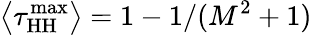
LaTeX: \big\langle\tau_{\mathrm{HH}}^{\mathrm{max}}\big\rangle=1-1/(M^{2}+1)